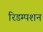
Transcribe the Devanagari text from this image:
रिडम्‍पशन